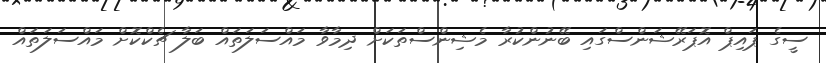
ސީގެ ޕައިޕް އޮޕަރޭޝަންސްގައި ބޭނުންކުރާ މެޝިންސްތަކަށް ދިމާވާ މައްސަލަތައް ބަލާ ޗެކްކޮށް މައްސަލަތައް